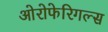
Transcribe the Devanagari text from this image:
ओरोफेरिगल्स